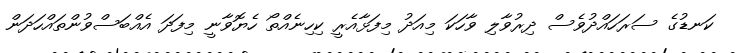
ކަނޑުގެ ސަރަހައްދުވެސް ދިރުވާލި ވާހަކަ މިއަދު މިފަޅާއެރީ ކިހިނެއްތޯ ހެޔޮވާނީ މިފަދަ އެއްބަސްވުންތައްހަދަން